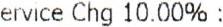
SERVICE CHG 10.00% :